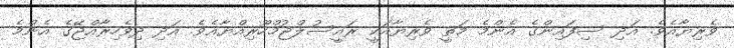
ވެރިޔާއެވެ. އަދި ސިފައިންގެ އެންމެ މަތީ ވެރިޔާއަކީ ރައީސުލްޖުމްހޫރިއްޔާއެވެ. އަދި ދިވެހިރާއްޖޭގެ އެންމެ